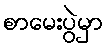
စာမေးပွဲမှာ